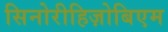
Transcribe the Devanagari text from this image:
सिनोरीहिज़ोबिएम